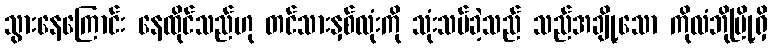
သွားနေကြောင်း နေထိုင်သည်ဟု တင်သားနှစ်လုံးကို သုံးသပ်ခဲ့သည် သည်အချို့သော ကိုလံဘိုမြို့ရှိ